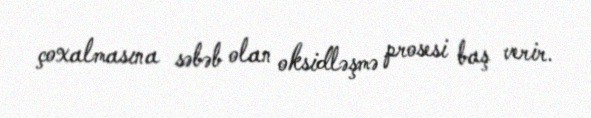
çoxalmasına səbəb olan oksidləşmə prosesi baş verir.